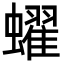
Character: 蠗